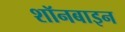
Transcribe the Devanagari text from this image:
शॉनबाइन